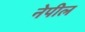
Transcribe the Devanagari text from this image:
नेपील